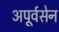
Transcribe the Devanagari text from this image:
अपूर्वसेन